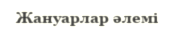
Жануарлар әлемі